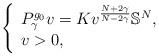
LaTeX: \begin{align*}\left\{\begin{array}{lll}P_\gamma^{g_0} v = K v^{\frac{N + 2\gamma}{N - 2\gamma}}\mathbb{S}^{N},\\v > 0,\end{array}\right.\end{align*}